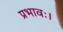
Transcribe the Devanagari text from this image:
प्रभावः।